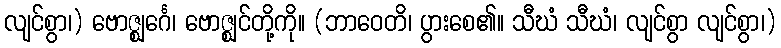
လျင်စွာ၊) ဗောဇ္ဈင်္ဂေ၊ ဗောဇ္ဈင်တို့ကို။ (ဘာဝေတိ၊ ပွားစေ၏။ သီဃံ သီဃံ၊ လျင်စွာ လျင်စွာ၊)